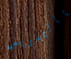
بالتدريس